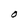
Character: O